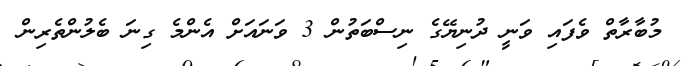
މުބާރާތް ވެފައި ވަނީ ދުނިޔޭގެ ނިސްބަތުން 3 ވަނައަށް އެންމެ ގިނަ ބެލުންތެރިން